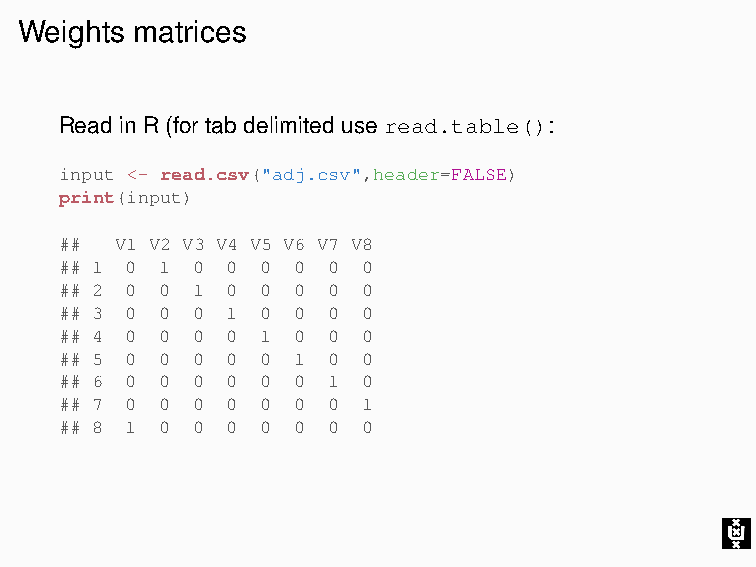
Weights matrices
 Read in R (for tab delimited use read.table():
 input <- read.csv("adj.csv",header=FALSE)
 print(input)
 ##  V1 V2 V3 V4 V5 V6 V7 V8
 ## 1 0 1 0 0 0 0  0 0
 ## 2 0 0 1 0 0 0  0 0
 ## 3 0 0 0 1 0 0  0 0
 ## 4 0 0 0 0 1 0  0 0
 ## 5 0 0 0 0 0 1  0 0
 ## 6 0 0 0 0 0 0  1 0
 ## 7 0 0 0 0 0 0  0 1
 ## 8 1 0 0 0 0 0  0 0